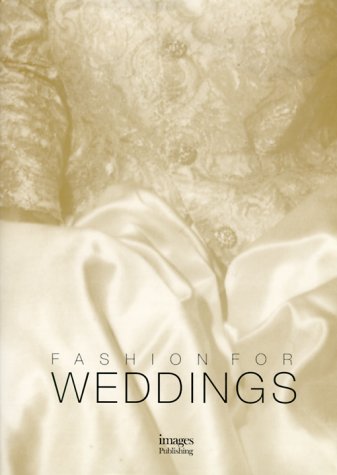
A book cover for Fashion for Weddings I (v. 1); Images Publishing; Crafts, Hobbies & Home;